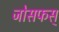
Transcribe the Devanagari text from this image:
जोसफस्